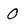
Character: 0